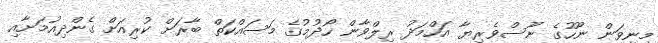
މިނިވަން ނޫހުގެ ނޫސްވެރިޔާ އަހްމަދު ރިލްވާން ހޯދުމުގެ މަސައްކަތް ބާރަށް ކުރިއަށް ގެންދިއުމަށާއި